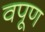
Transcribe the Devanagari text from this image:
वपूण